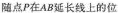
随点P在AB延长线上的位